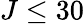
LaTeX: J\leq 30